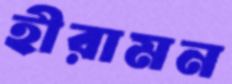
হীরামন